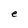
Character: e